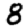
Digit: 8